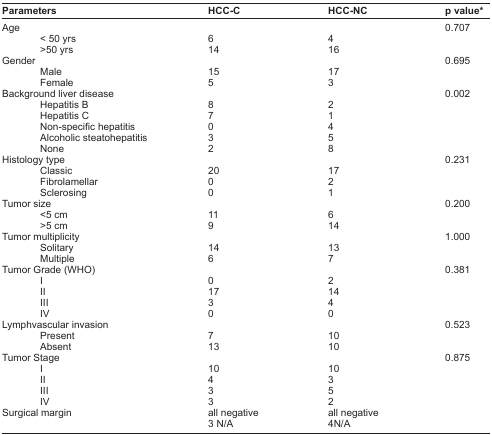
<table><thead><tr><td><b>Parameters</b></td><td><b>HCC-C</b></td><td><b>HCC-NC</b></td><td><b>p value*</b></td></tr></thead><tbody><tr><td>Age</td><td></td><td></td><td>0.707</td></tr><tr><td> &lt; 50 yrs</td><td>6</td><td>4</td><td></td></tr><tr><td> &gt;50 yrs</td><td>14</td><td>16</td><td></td></tr><tr><td>Gender</td><td></td><td></td><td>0.695</td></tr><tr><td> Male</td><td>15</td><td>17</td><td></td></tr><tr><td> Female</td><td>5</td><td>3</td><td></td></tr><tr><td>Background liver disease</td><td></td><td></td><td>0.002</td></tr><tr><td> Hepatitis B</td><td>8</td><td>2</td><td></td></tr><tr><td> Hepatitis C</td><td>7</td><td>1</td><td></td></tr><tr><td> Non-specific hepatitis</td><td>0</td><td>4</td><td></td></tr><tr><td> Alcoholic steatohepatitis</td><td>3</td><td>5</td><td></td></tr><tr><td> None</td><td>2</td><td>8</td><td></td></tr><tr><td>Histology type</td><td></td><td></td><td>0.231</td></tr><tr><td> Classic</td><td>20</td><td>17</td><td></td></tr><tr><td> Fibrolamellar</td><td>0</td><td>2</td><td></td></tr><tr><td> Sclerosing</td><td>0</td><td>1</td><td></td></tr><tr><td>Tumor size</td><td></td><td></td><td>0.200</td></tr><tr><td> &lt;5 cm</td><td>11</td><td>6</td><td></td></tr><tr><td> &gt;5 cm</td><td>9</td><td>14</td><td></td></tr><tr><td>Tumor multiplicity</td><td></td><td></td><td>1.000</td></tr><tr><td> Solitary</td><td>14</td><td>13</td><td></td></tr><tr><td> Multiple</td><td>6</td><td>7</td><td></td></tr><tr><td>Tumor Grade (WHO)</td><td></td><td></td><td>0.381</td></tr><tr><td> I</td><td>0</td><td>2</td><td></td></tr><tr><td> II</td><td>17</td><td>14</td><td></td></tr><tr><td> III</td><td>3</td><td>4</td><td></td></tr><tr><td> IV</td><td>0</td><td>0</td><td></td></tr><tr><td>Lymphvascular invasion</td><td></td><td></td><td>0.523</td></tr><tr><td> Present</td><td>7</td><td>10</td><td></td></tr><tr><td> Absent</td><td>13</td><td>10</td><td></td></tr><tr><td>Tumor Stage</td><td></td><td></td><td>0.875</td></tr><tr><td> I</td><td>10</td><td>10</td><td></td></tr><tr><td> II</td><td>4</td><td>3</td><td></td></tr><tr><td> III</td><td>3</td><td>5</td><td></td></tr><tr><td> IV</td><td>3</td><td>2</td><td></td></tr><tr><td>Surgical margin</td><td>all negative</td><td>all negative</td><td></td></tr><tr><td></td><td>3 N/A</td><td>4N/A</td><td></td></tr></tbody></table>